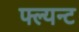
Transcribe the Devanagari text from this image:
फ्ल्यन्ट